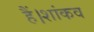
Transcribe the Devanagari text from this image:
हैं।शांकव